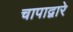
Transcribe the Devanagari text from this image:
चापाद्वारे